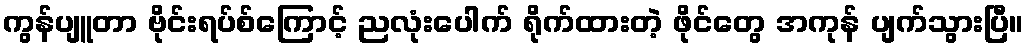
ကွန်ပျူတာ ဗိုင်းရပ်စ်ကြောင့် ညလုံးပေါက် ရိုက်ထားတဲ့ ဖိုင်တွေ အကုန် ပျက်သွားပြီ။